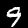
Digit: 9